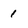
Character: 1